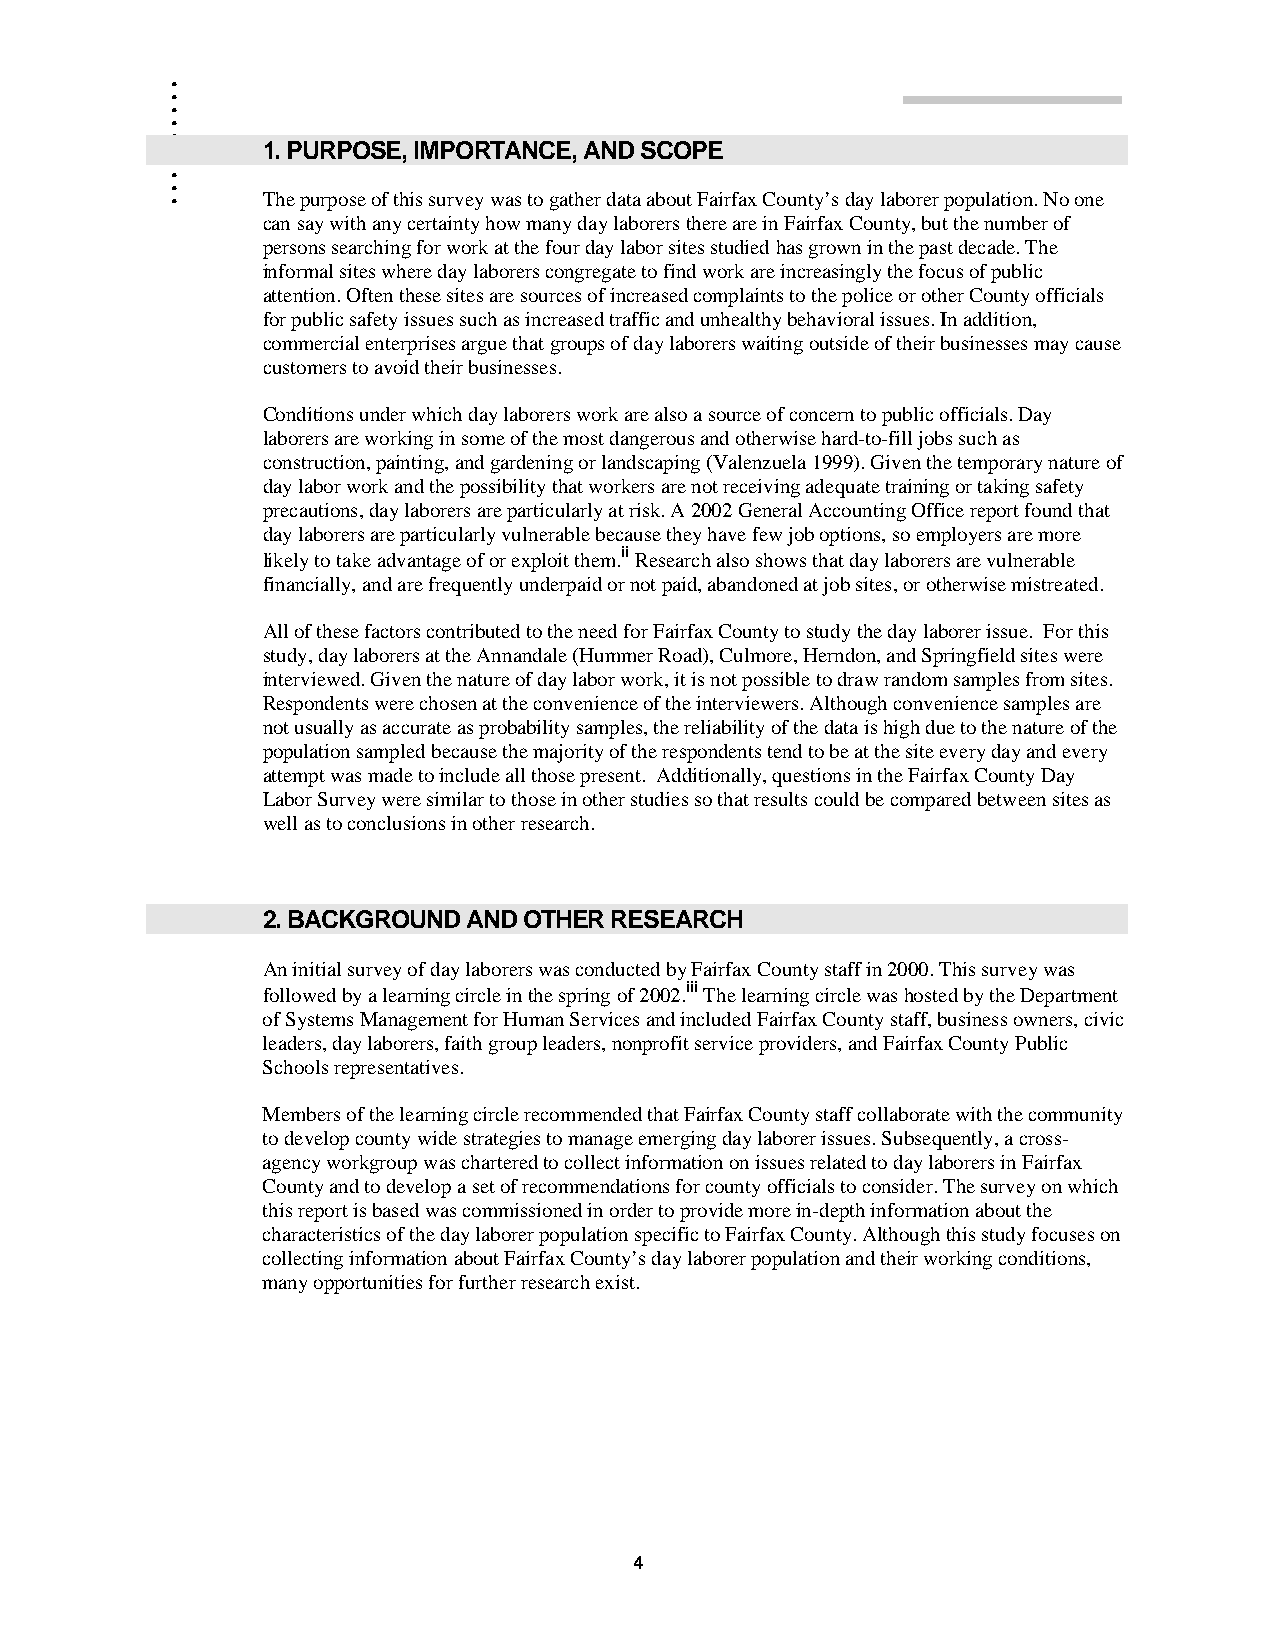
.
 .
 .
 .
 .
 .
 .
 .     1. PURPOSE, IMPORTANCE, AND SCOPE
 .
 .
 The purpose of this survey was to gather data about Fairfax County’s day laborer population. No one
 can say with any certainty how many day laborers there are in Fairfax County, but the number of
 persons searching for work at the four day labor sites studied has grown in the past decade. The
 informal sites where day laborers congregate to find work are increasingly the focus of public
 attention. Often these sites are sources of increased complaints to the police or other County officials
 for public safety issues such as increased traffic and unhealthy behavioral issues. In addition,
 commercial enterprises argue that groups of day laborers waiting outside of their businesses may cause
 customers to avoid their businesses.
 Conditions under which day laborers work are also a source of concern to public officials. Day
 laborers are working in some of the most dangerous and otherwise hard-to-fill jobs such as
 construction, painting, and gardening or landscaping (Valenzuela 1999). Given the temporary nature of
 day labor work and the possibility that workers are not receiving adequate training or taking safety
 precautions, day laborers are particularly at risk. A 2002 General Accounting Office report found that
 day laborers are particularly vulnerable because they have few job options, so employers are more
 likely to take advantage of or exploit them.ii Research also shows that day laborers are vulnerable
 financially, and are frequently underpaid or not paid, abandoned at job sites, or otherwise mistreated.
 All of these factors contributed to the need for Fairfax County to study the day laborer issue. For this
 study, day laborers at the Annandale (Hummer Road), Culmore, Herndon, and Springfield sites were
 interviewed. Given the nature of day labor work, it is not possible to draw random samples from sites.
 Respondents were chosen at the convenience of the interviewers. Although convenience samples are
 not usually as accurate as probability samples, the reliability of the data is high due to the nature of the
 population sampled because the majority of the respondents tend to be at the site every day and every
 attempt was made to include all those present. Additionally, questions in the Fairfax County Day
 Labor Survey were similar to those in other studies so that results could be compared between sites as
 well as to conclusions in other research.
 2. BACKGROUND AND OTHER RESEARCH
 An initial survey of day laborers was conducted by Fairfax County staff in 2000. This survey was
 followed by a learning circle in the spring of 2002.iii The learning circle was hosted by the Department
 of Systems Management for Human Services and included Fairfax County staff, business owners, civic
 leaders, day laborers, faith group leaders, nonprofit service providers, and Fairfax County Public
 Schools representatives.
 Members of the learning circle recommended that Fairfax County staff collaborate with the community
 to develop county wide strategies to manage emerging day laborer issues. Subsequently, a cross-
 agency workgroup was chartered to collect information on issues related to day laborers in Fairfax
 County and to develop a set of recommendations for county officials to consider. The survey on which
 this report is based was commissioned in order to provide more in-depth information about the
 characteristics of the day laborer population specific to Fairfax County. Although this study focuses on
 collecting information about Fairfax County’s day laborer population and their working conditions,
 many opportunities for further research exist.
 4